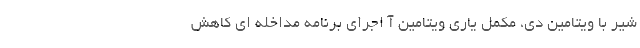
شیر با ویتامین دی، مکمل یاری ویتامین آ اجرای برنامه مداخله ای کاهش